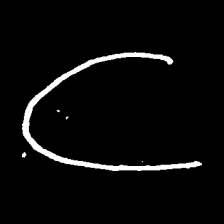
Pyu character \u2014 Myanmar letter: ဋ (romanized: tta)